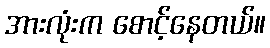
အားလုံးက စောင့်နေတယ်။